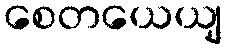
စေတယေယျ